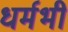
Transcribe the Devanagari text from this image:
धर्मभी